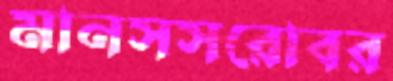
মানসসরোবর